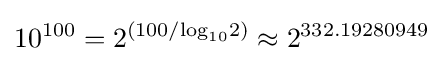
10^{100}=2^{(100/\mathrm {log} _{10}2)}\approx 2^{332.19280949}